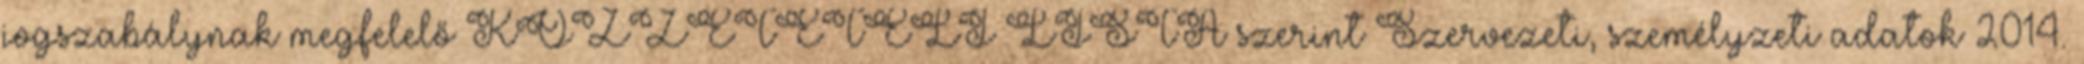
jogszabálynak megfelelő KÖZZÉTÉTELI LISTA szerint Szervezeti, személyzeti adatok 2014.